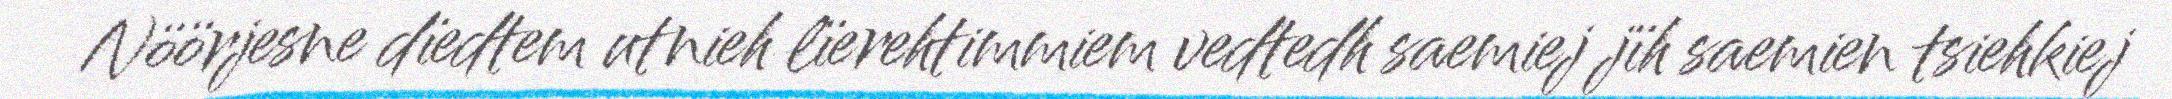
Nöörjesne dïedtem utnieh lïerehtimmiem vedtedh saemiej jïh saemien tsiehkiej